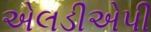
એલડીએપી